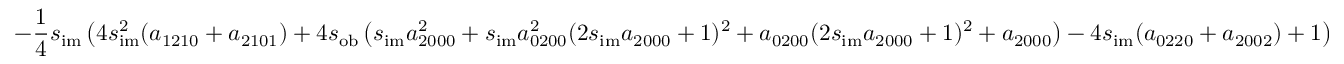
- \frac { 1 } { 4 } s _ { \mathrm { i m } } \left( 4 s _ { \mathrm { i m } } ^ { 2 } ( a _ { 1 2 1 0 } + a _ { 2 1 0 1 } ) + 4 s _ { \mathrm { o b } } \left( s _ { \mathrm { i m } } a _ { 2 0 0 0 } ^ { 2 } + s _ { \mathrm { i m } } a _ { 0 2 0 0 } ^ { 2 } ( 2 s _ { \mathrm { i m } } a _ { 2 0 0 0 } + 1 ) ^ { 2 } + a _ { 0 2 0 0 } ( 2 s _ { \mathrm { i m } } a _ { 2 0 0 0 } + 1 ) ^ { 2 } + a _ { 2 0 0 0 } \right) - 4 s _ { \mathrm { i m } } ( a _ { 0 2 2 0 } + a _ { 2 0 0 2 } ) + 1 \right)